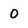
Character: 0